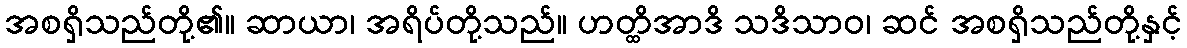
အစရှိသည်တို့၏။ ဆာယာ၊ အရိပ်တို့သည်။ ဟတ္ထိအာဒိ သဒိသာဝ၊ ဆင် အစရှိသည်တို့နှင့်